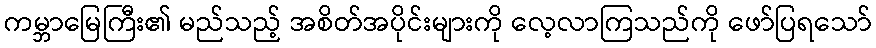
ကမ္ဘာမြေကြီး၏ မည်သည့် အစိတ်အပိုင်းများကို လေ့လာကြသည်ကို ဖော်ပြရသော်